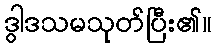
ဒွါဒသမသုတ်ပြီး၏။